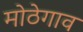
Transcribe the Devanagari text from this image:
मोठेगाव